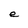
Character: e